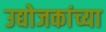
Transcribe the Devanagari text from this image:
उद्योजकांच्या